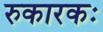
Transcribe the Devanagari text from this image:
रुकारकः